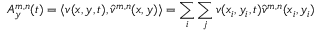
A _ { y } ^ { m , n } ( t ) = \langle v ( x , y , t ) , \hat { v } ^ { m , n } ( x , y ) \rangle = \sum _ { i } \sum _ { j } v ( x _ { i } , y _ { i } , t ) \hat { v } ^ { m , n } ( x _ { i } , y _ { i } )